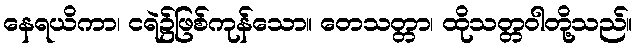
နေရယိကာ၊ ငရဲ၌ဖြစ်ကုန်သော။ တေသတ္တာ၊ ထိုသတ္တဝါတို့သည်။